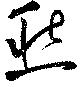
愁